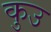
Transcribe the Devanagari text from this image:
कुउ